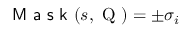
\textsf { M a s k } ( s , \mathrm { ~ Q ~ } ) = \pm \sigma _ { i }